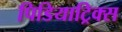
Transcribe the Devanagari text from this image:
पिडियाट्रिक्स